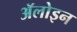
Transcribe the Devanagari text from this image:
ॲलोइन